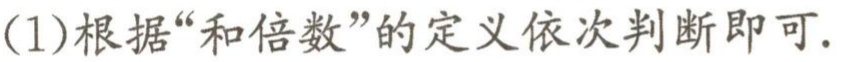
(1)根据“和倍数”的定义依次判断即可.